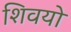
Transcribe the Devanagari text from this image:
शिवयो